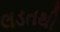
લડતથી